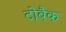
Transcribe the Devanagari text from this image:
टोबैक